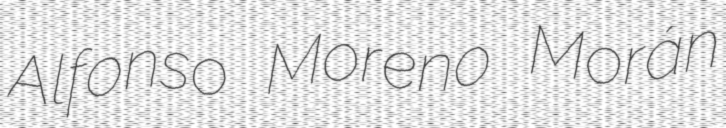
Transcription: Alfonso Moreno Morán